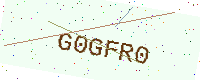
Text: G0GFR0